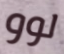
لوو